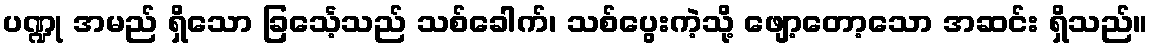
ပဏ္ဍု အမည် ရှိသော ခြင်္သေ့သည် သစ်ခေါက်၊ သစ်ပွေးကဲ့သို့ ဖျော့တော့သော အဆင်း ရှိသည်။